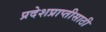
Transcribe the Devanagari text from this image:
प्रदेशप्राप्तीसाठी